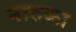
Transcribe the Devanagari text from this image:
नारुका